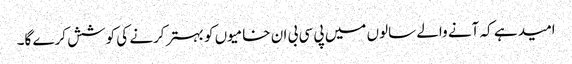
امید ہے کہ آنے والے سالوں میں پی سی بی ان خامیوں کو بہتر کرنے کی کوشش کرے گا۔